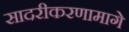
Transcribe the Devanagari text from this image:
सादरीकरणामागे